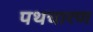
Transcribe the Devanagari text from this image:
पथचारण